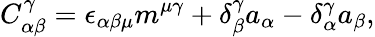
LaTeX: C_{\alpha\beta}^{\gamma}=\epsilon_{\alpha\beta\mu}m^{\mu\gamma}+\delta_{\beta}^{\gamma}a_{\alpha}-\delta_{\alpha}^{\gamma}a_{\beta},